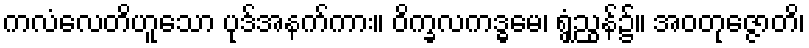
ကလံလေတိဟူသော ပုဒ်အနက်ကား။ ဝိက္ခလကဒ္ဓမေ၊ ရွှံ့ညွန်၌။ အဝတုဇ္ဇောတိ၊